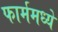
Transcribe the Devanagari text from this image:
फार्ममध्ये